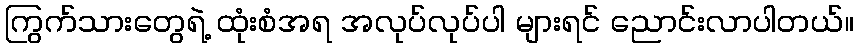
ကြွက်သားတွေရဲ့ ထုံးစံအရ အလုပ်လုပ်ပါ များရင် ညောင်းလာပါတယ်။